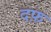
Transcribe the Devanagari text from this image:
दफ़